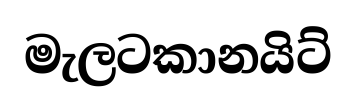
මැලටකානයිට්